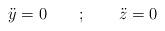
LaTeX: \begin{align*}{\ddot y} = 0 \qquad ; \qquad {\ddot z} = 0\end{align*}